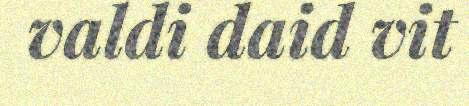
valdi daid vit